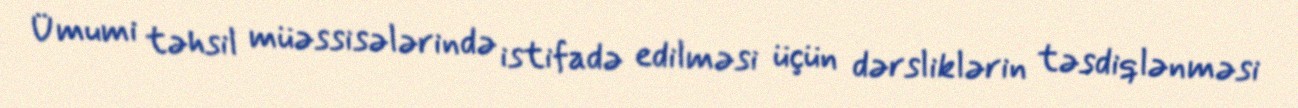
Ümumi təhsil müəssisələrində istifadə edilməsi üçün dərsliklərin təsdiqlənməsi